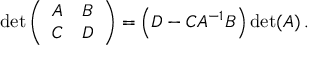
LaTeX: \operatorname* { d e t } { \left( \begin{array} { l l } { A } & { B } \\ { C } & { D } \end{array} \right) } = \left( D - C A ^ { - 1 } B \right) \operatorname* { d e t } ( A ) \, .